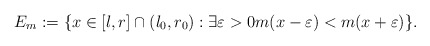
\begin{align*}E_m:=\{x\in [l,r]\cap (l_0,r_0): \exists \varepsilon>0m(x-\varepsilon)<m(x+\varepsilon)\}. \end{align*}